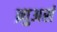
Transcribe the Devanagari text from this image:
ब्र्युअर्स